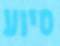
סיוע